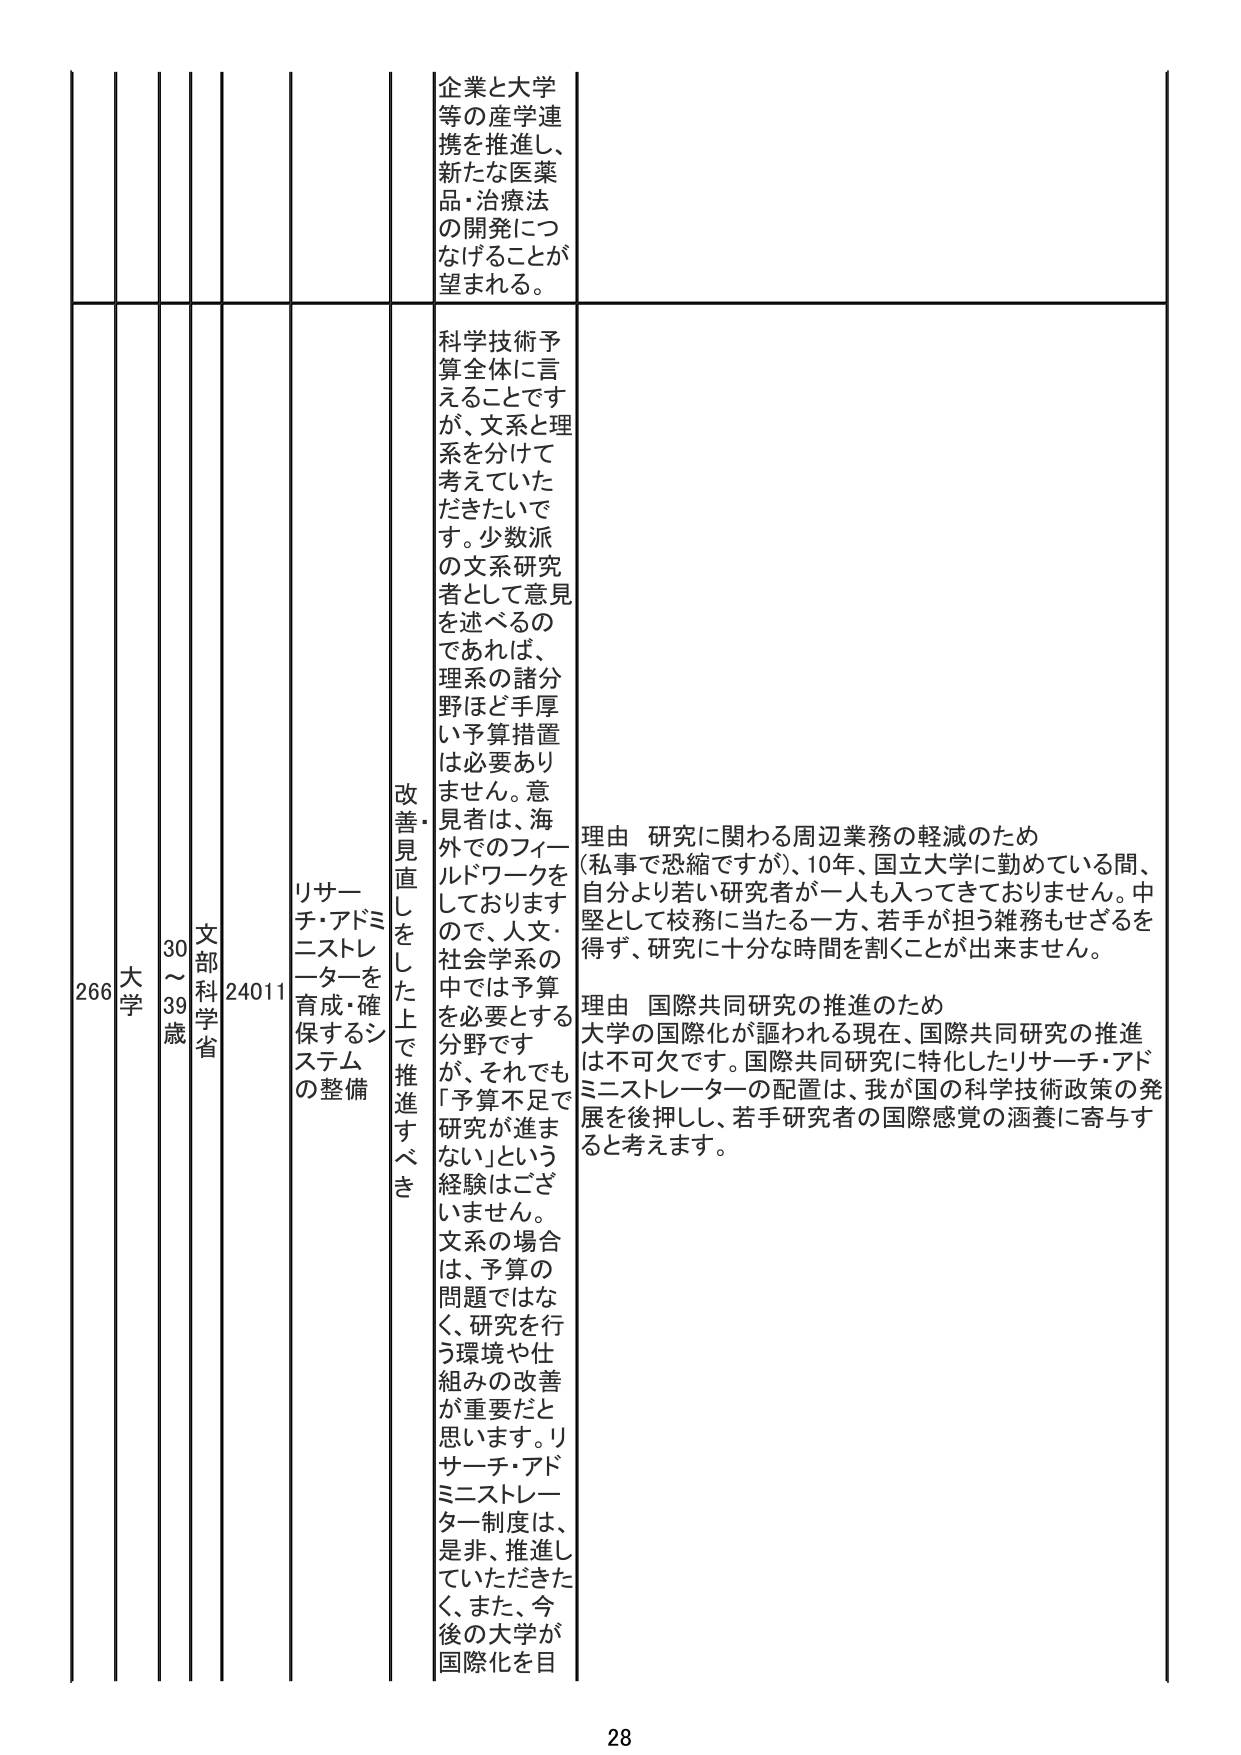
266 大学 30～39歳 文部科学省 24011 リサーチ・アドミニストレーターを育成・確保するシステムの整備 改善見直しをした上で推進すべき 企業と大学等の産学連携を推進し、新たな医薬品・治療法の開発につなげることが望まれる。 科学技術予算全体に言えることですが、文系と理系を分けて考えていきたいです。少数派の文系研究者として意見を述べるのであれば、理系の諸分野ほど手厚い予算措置は必要ありません。意見者は、海外でのフィールドワークをしておりますので、人文・社会学系の中では予算を必要とする分野ですが、それでも「予算不足で研究が進まない」という経験はございません。文系の場合は、予算の問題ではなく、研究を行う環境や仕組みの改善が重要だと思います。リサーチ・アドミニストレーター制度は、是非、推進していただきたい。また、今後の大学が国際化を目 理由 研究に関わる周辺業務の軽減のため (私事で恐縮ですが)、10年、国立大学に勤めている間、自分より若い研究者が一人も入ってきておりません。中堅として校務に当たる一方、若手が担う雑務もせざるを得ず、研究に十分な時間を割くことが出来ません。 理由 国際共同研究の推進のため 大学の国際化が謳われる現在、国際共同研究の推進は不可欠です。国際共同研究に特化したリサーチ・アドミニストレーターの配置は、我が国の科学技術政策の発展を後押しし、若手研究者の国際感覚の涵養に寄与すると考えます。 28